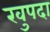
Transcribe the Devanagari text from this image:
खुपदा